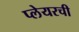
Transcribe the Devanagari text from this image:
प्लेयरची